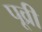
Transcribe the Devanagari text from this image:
पूव्री